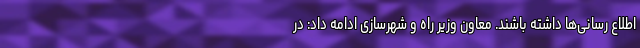
اطلاع رسانی‌ها داشته باشند. معاون وزیر راه و شهرسازی ادامه داد: در